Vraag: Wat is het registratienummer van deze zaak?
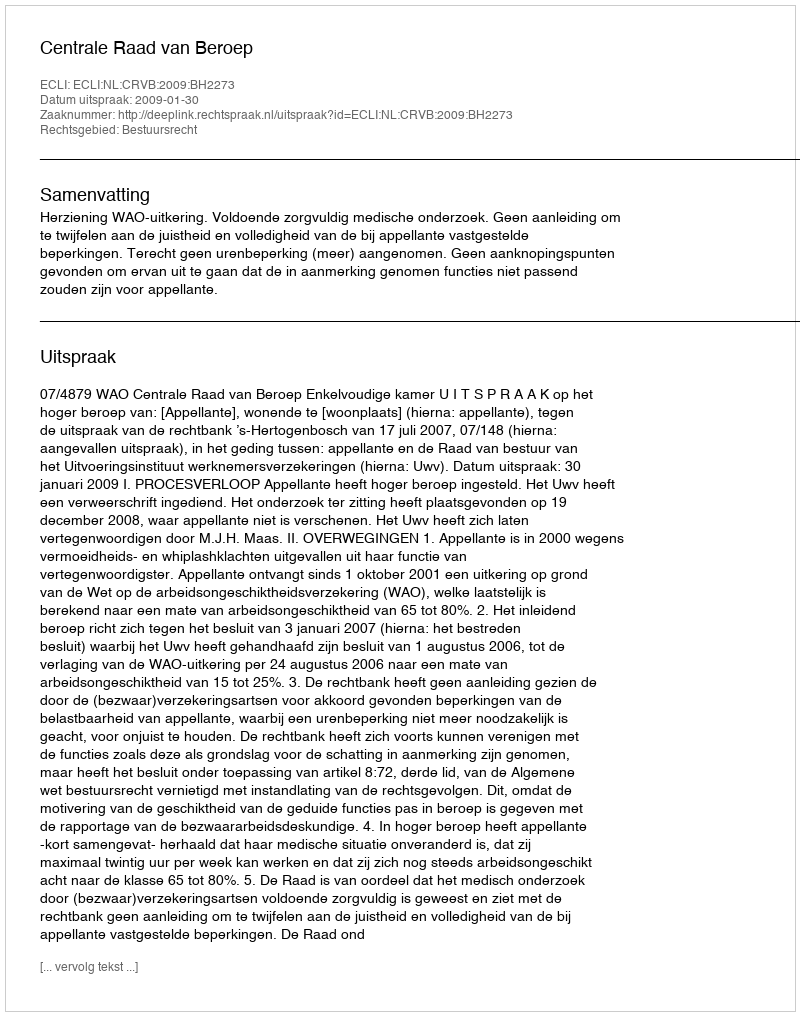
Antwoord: http://deeplink.rechtspraak.nl/uitspraak?id=ECLI:NL:CRVB:2009:BH2273